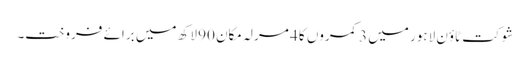
شوکت ٹاؤن لاہور میں 3 کمروں کا 4 مرلہ مکان 90 لاکھ میں برائے فروخت۔